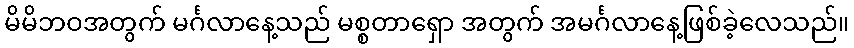
မိမိဘဝအတွက် မင်္ဂလာနေ့သည် မစ္စတာရှော အတွက် အမင်္ဂလာနေ့ဖြစ်ခဲ့လေသည်။